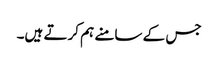
جس کے سامنے ہم کرتے ہیں۔